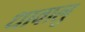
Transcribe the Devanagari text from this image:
धावालु